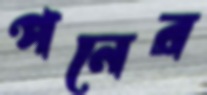
পনের